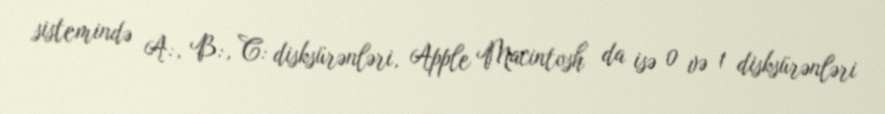
sistemində A:, B:, C: disksürənləri, Apple Macintosh da isə 0 və 1 disksürənləri